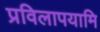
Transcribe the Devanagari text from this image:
प्रविलापयामि